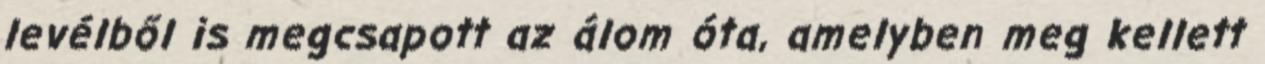
levélből is megcsapott az álom óta, amelyben meg kellett